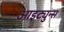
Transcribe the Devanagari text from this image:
आइट्युन्स